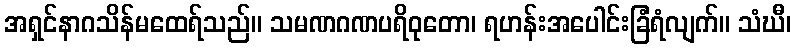
အရှင်နာဂသိန်မထေရ်သည်။ သမဏဂဏပရိဝုတော၊ ရဟန်းအပေါင်းခြံရံလျက်။ သံဃီ၊